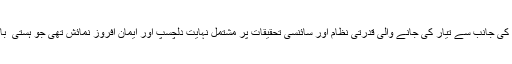
اس سال اجتماع کی ایک خصوصیت AMRA کی جانب سے تیار کی جانے والی قدرتی نظام اور سائنسی تحقیقات پر مشتمل نہایت دلچسپ اور ایمان افروز نمائش تھی جو ہستی ٔ باری تعالیٰ کے متعدد دلائل پیش کر رہی تھی ۔